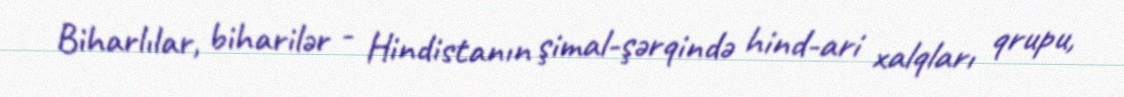
Biharlılar, biharilər - Hindistanın şimal-şərqində hind-ari xalqları qrupu,